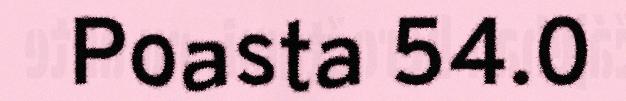
Poasta 54.0